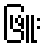
ဖြူး